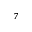
^ { 7 }